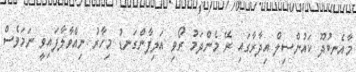
މާއެނބުދޫ ކައުންސިލް އިދާރާގައި ރޭ މެންދަމު ރޯވި އަލިފާންގަނޑު މިހާރު ނިއްވާލާފައިވީ ނަަމަވެސް